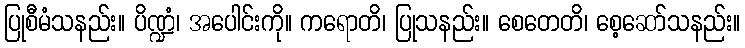
ပြုစီမံသနည်း။ ပိဏ္ဍံ၊ အပေါင်းကို။ ကရောတိ၊ ပြုသနည်း။ စေတေတိ၊ စေ့ဆော်သနည်း။